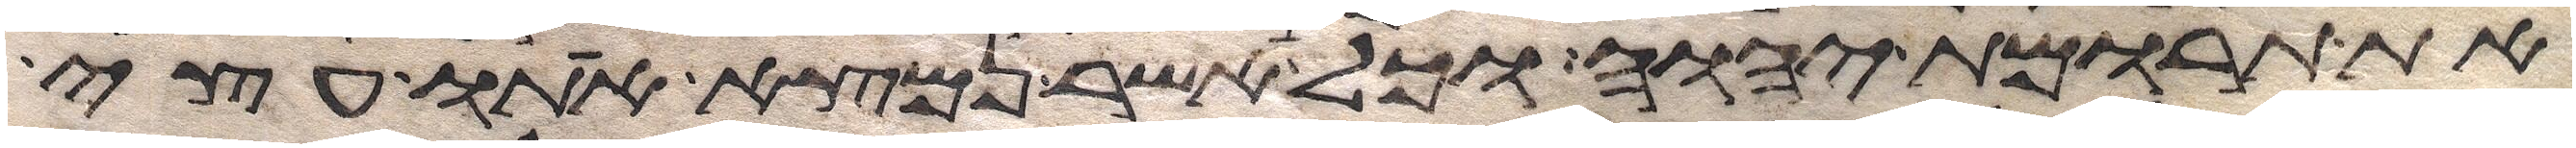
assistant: את תרומת יהוה וכל אשר נמצא אתו עצי